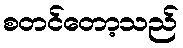
စတင်တော့သည်